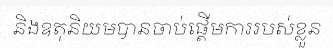
និងឧតុនិយមបានចាប់ផ្តើមការរបស់ខ្លួន